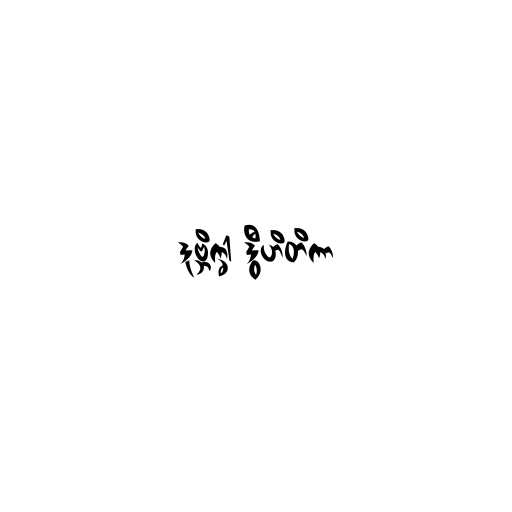
ဒုဗ္ဘိက္ခါ ဒွီဟိတိကာ